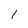
Character: l